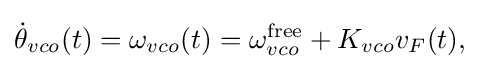
{\begin{aligned}{\dot {\theta }}_{vco}(t)=\omega _{vco}(t)=\omega _{vco}^{\text{free}}+K_{vco}v_{F}(t),\end{aligned}}